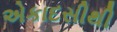
એકાદસીથી